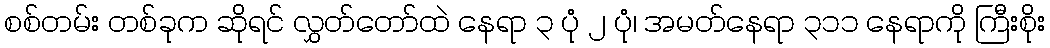
စစ်တမ်း တစ်ခုက ဆိုရင် လွှတ်တော်ထဲ နေရာ ၃ ပုံ ၂ ပုံ၊ အမတ်နေရာ ၃၁၁ နေရာကို ကြီးစိုး